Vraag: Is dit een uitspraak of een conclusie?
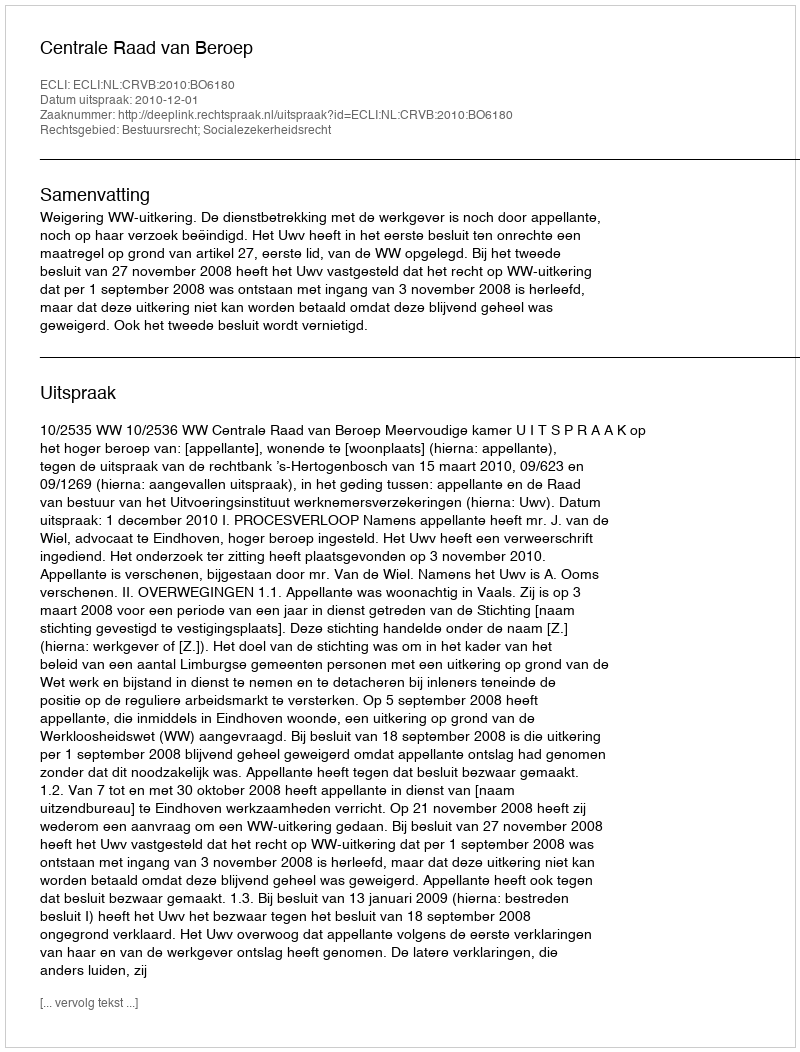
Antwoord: Uitspraak